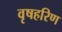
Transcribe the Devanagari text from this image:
वृषहरिण